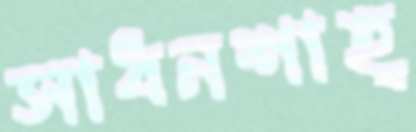
সাধনশাহ্